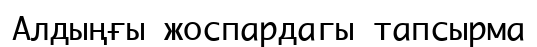
Алдыңғы жоспардагы тапсырма